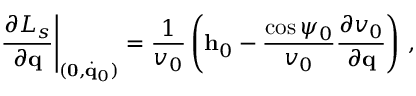
\left. \frac { \partial { \cal L } _ { s } } { \partial { \bf q } } \right| _ { ( { \bf 0 } , \dot { \bf q } _ { 0 } ) } = \frac { 1 } { v _ { 0 } } \left( { \bf h } _ { 0 } - \frac { \cos \psi _ { 0 } } { v _ { 0 } } \frac { \partial v _ { 0 } } { \partial { \bf q } } \right) \, ,